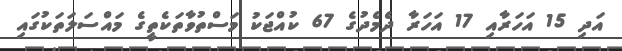
އަދި 15 އަހަރާއި 17 އަހަރާ ދެމެދުގެ 67 ކުއްޖަކު މަސްތުވާތަކެތީގެ މައްސަލަތަކުގައި